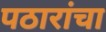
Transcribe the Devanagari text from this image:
पठारांचा